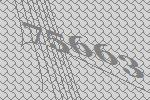
75663